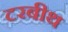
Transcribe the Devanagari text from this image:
टरबीथ